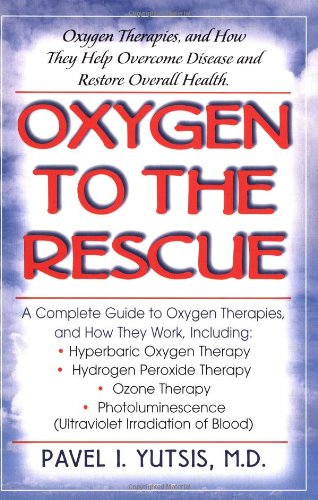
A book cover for Oxygen to the Rescue: Oxygen Therapies and How They Help Overcome Disease, Promote Repair, and Improve Overall Function; Pavel Yutsis M.D.; Medical Books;